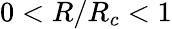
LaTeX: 0<R/R_{c}<1